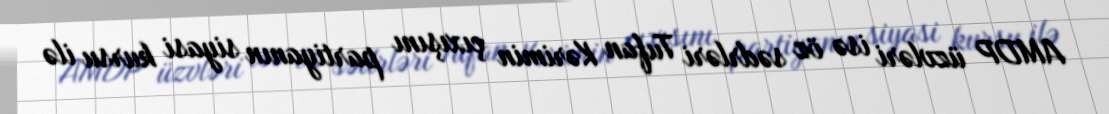
AMDP üzvləri isə öz sədrləri Tufan Kərimin çıxışını partiyanın siyasi kursu ilə